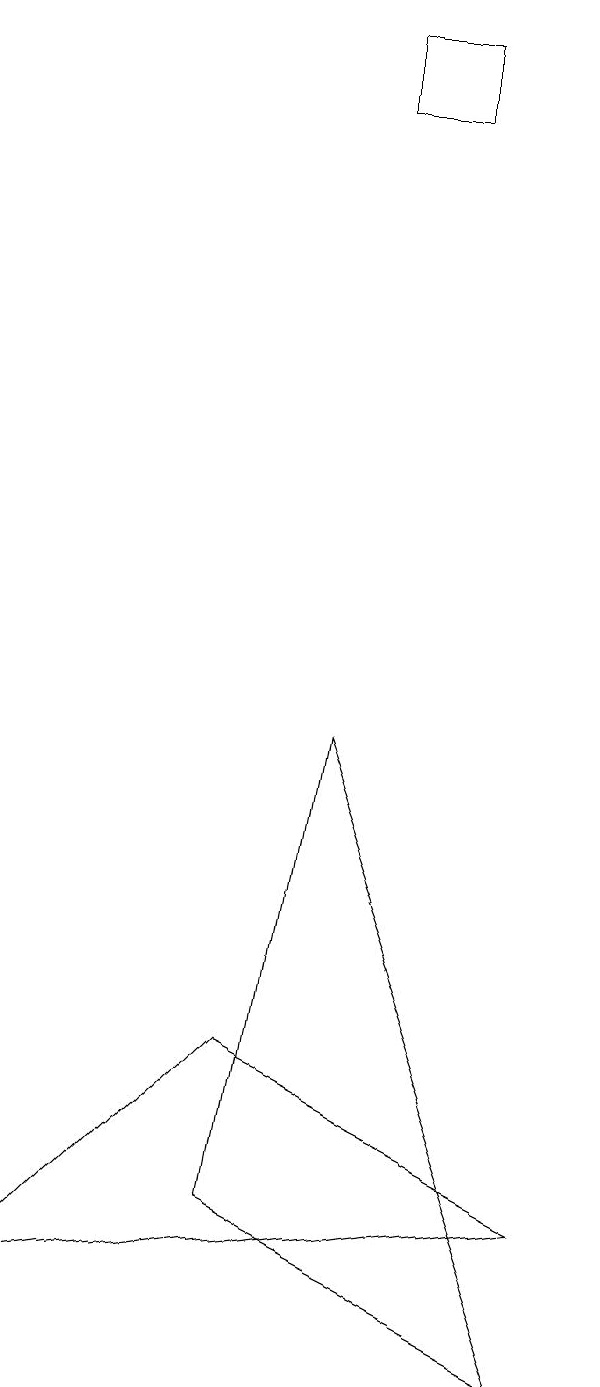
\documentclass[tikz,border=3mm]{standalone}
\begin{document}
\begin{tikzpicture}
\draw (4,18) rectangle (5,17);
\draw (3,5) -- (7,3) -- (0,2) -- cycle;
\draw (3,3) -- (4,9) -- (7,1) -- cycle;
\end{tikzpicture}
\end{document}